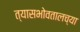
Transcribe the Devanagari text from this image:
त्यासभोवतालच्या